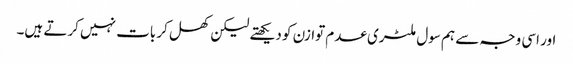
اور اسی وجہ سے ہم سول ملٹری عدم توازن کو دیکھتے لیکن کھل کر بات نہیں کرتے ہیں۔